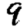
Digit: 9